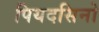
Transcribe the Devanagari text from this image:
पियदसिनो